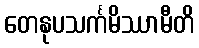
တေနုပသင်္ကမိဿာမီတိ